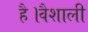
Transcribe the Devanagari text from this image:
है।वैशाली